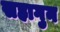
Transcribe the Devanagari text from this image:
सहागुन